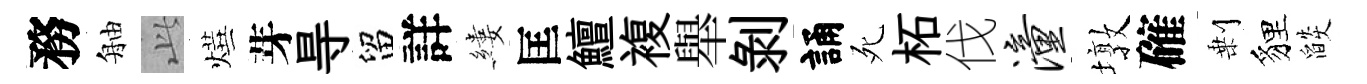
務舳𬼘燁芽㝵留詳縷匡鱣複舉剝誦死柘伐潼墩確剰貍燄